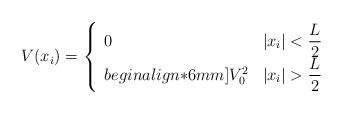
LaTeX: \begin{align*}V(x_{i}) = \left\{\begin{array}{ll} 0~~~~~~& |x_i| <{ \displaystyle{ L \over 2 }} \\begin{align*}6mm]V_{0}^{2} & |x_i| > { \displaystyle{ L \over 2 }} \end{array}\right.\end{align*}